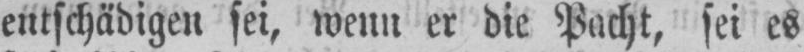
entschädigen sei, wenn er die Pacht, sei es